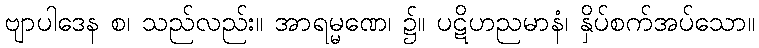
ဗျာပါဒေန စ၊ သည်လည်း။ အာရမ္မဏေ၊ ၌။ ပဋိဟညမာနံ၊ နှိပ်စက်အပ်သော။